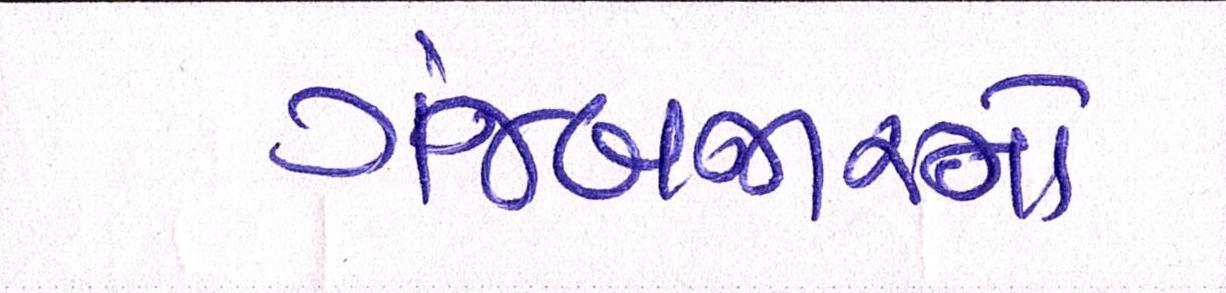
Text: ગંજબજારનો